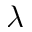
\lambda